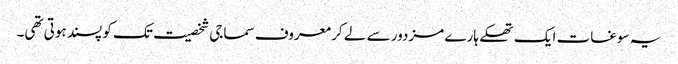
یہ سوغات ایک تھکے ہارے مزدور سے لے کر معروف سماجی شخصیت تک کو پسند ہوتی تھی۔